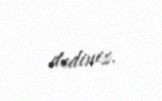
dediniz.